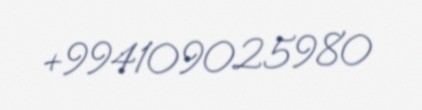
+994109025980